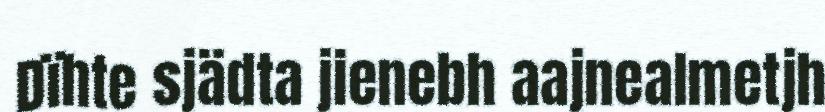
Dïhte sjädta jienebh aajnealmetjh